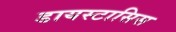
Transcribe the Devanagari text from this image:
डायस्टासिस